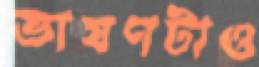
ভাষণটাও